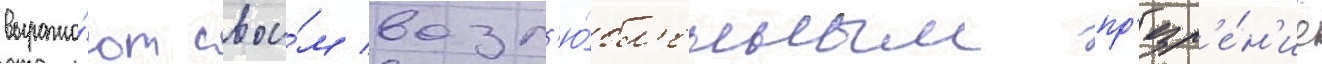
выража́ют свои́м возл'ю́бл'енным пр'езр'е́н'ие